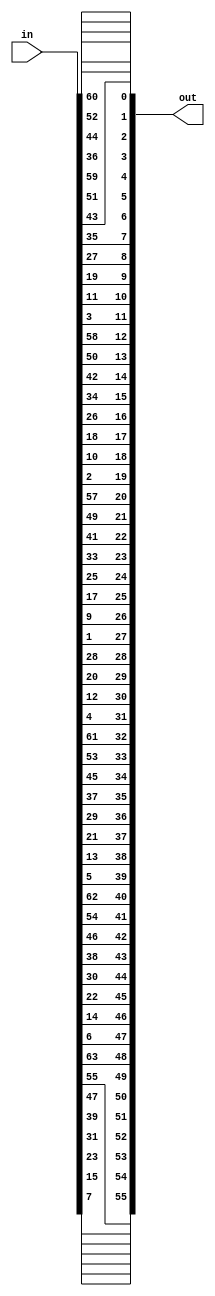
/*
 
 Module Name : pc1
 
 Functionality:
 The Module is used to re-order the key bits. However, it drops the parity bits
 where the output is 56 bits wide (64-8).
 
 */

module pc1(input [64:1] in,
           output [56:1] out);

assign out =   {in[8],  in[16], in[24], in[32], in[40], 
                in[48], in[56], in[64], in[7], 
                in[15], in[23], in[31], in[39], 
                in[47], in[55], in[63], in[6], 
                in[14], in[22], in[30], in[38], 
                in[46], in[54], in[62], in[5], 
                in[13], in[21], in[29], in[2], 
                in[10], in[18], in[26], in[34], 
                in[42], in[50], in[58], in[3], 
                in[11], in[19], in[27], in[35], 
                in[43], in[51], in[59], in[4], 
                in[12], in[20], in[28], in[36], 
                in[44], in[52], in[60], in[37], 
                in[45], in[53], in[61]};

endmodule